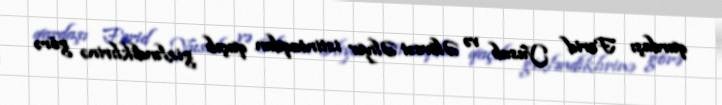
qardaşı Fərid Yusub və Əlövsət Əliyev istintaqdan qaçıb gizləndiklırinə görə